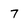
Character: 7